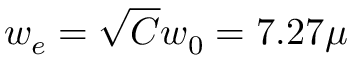
w _ { e } = \sqrt { C } w _ { 0 } = 7 . 2 7 \mu